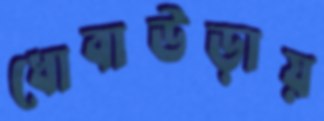
ধোবাউড়ায়